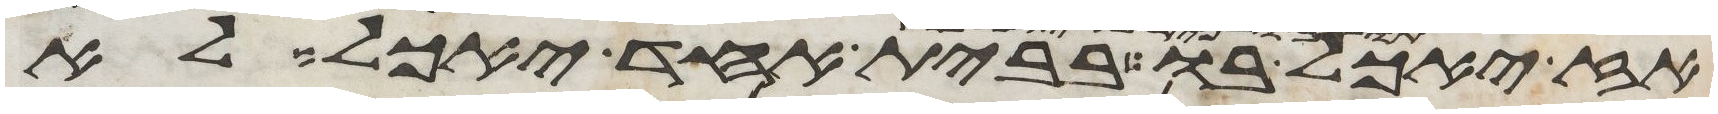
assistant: לא יאכל בו בבית אחד יאכל לא